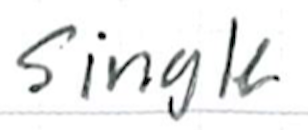
Text: single
Cross-out: clean
Writing tool: ballpoint